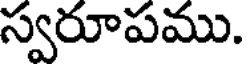
స్వరూపము.